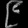
Digit: ၉